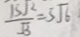
\frac { 1 5 \sqrt { 2 } } { \sqrt { 3 } } = 5 \sqrt { 6 }